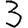
Digit: 3